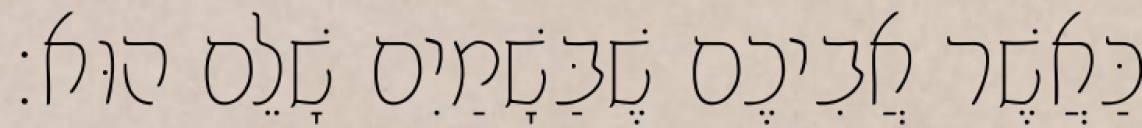
כַּאֲשֶׁר אֲבִיכֶם שֶׁבַּשָׁמַיִם שָׁלֵם הוּא׃